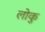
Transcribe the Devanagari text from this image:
लोकु